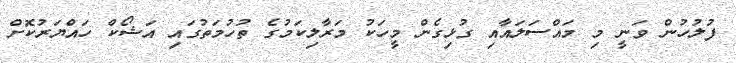
ފުލުހުން ވަނީ މި މައްސަލައާއި ގުޅިގެން މީހަކު މަރާލިކަމުގެ ތުހުމަތުގައި އަޝޯކް ހައްޔަރުކޮަށް